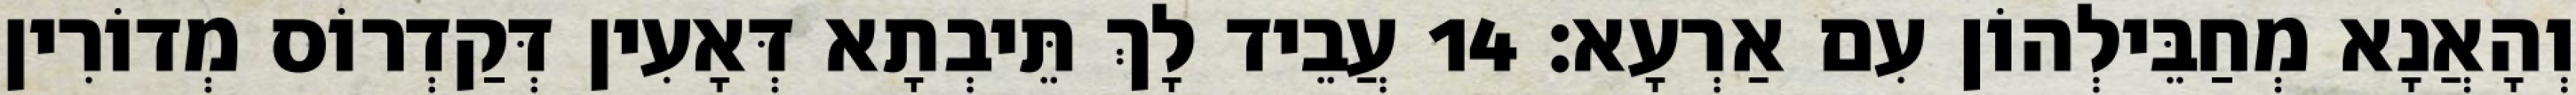
וְהָאֲנָא מְחַבֵּילְהוֹן עִם אַרְעָא׃ 14 עֲבֵיד לָךְ תֵּיבְתָא דְּאָעִין דְּקַדְרוֹס מְדוֹרִין